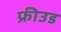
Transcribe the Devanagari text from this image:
फ्रीउड